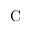
\mathrm { C }